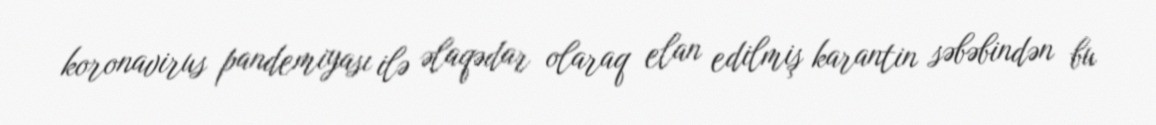
koronavirus pandemiyası ilə əlaqədar olaraq elan edilmiş karantin səbəbindən bu